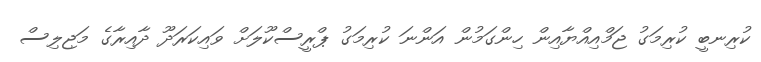
ކުރިނބީ ކުރިމަގު ޖަމްއިއްޔާއިން ހިންގަމުން އަންނަ ކުރިމަގު ޕްރީސްކޫލަށް ވައިކަރަދޫ ދާއިރާގެ މަޖިލިސް